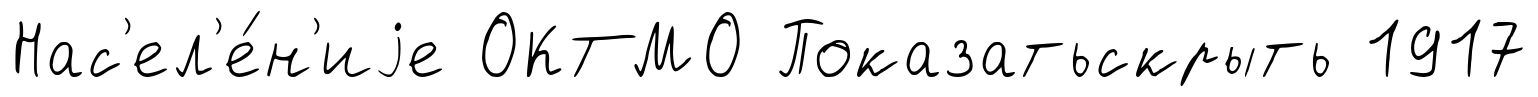
Нас'ел'е́н'иjе ОКТМО Показатьскрыть 1917